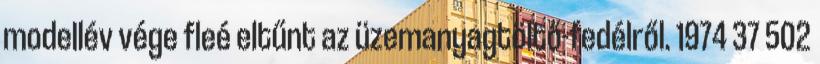
modellév vége fleé eltűnt az üzemanyagtöltő-fedélről. 1974 37 502